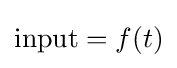
{\text{input}}=f(t)